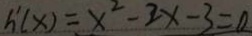
h ^ { \prime } ( x ) = x ^ { 2 } - 2 x - 3 = 0